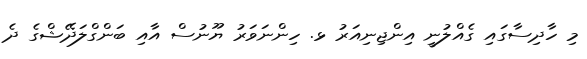
މި ހާދިސާގައި ގެއްލުނީ އިންޖިނިއަރު ޅ. ހިންނަވަރު ޔޫނުސް އާއި ބަންގްލަދޭޝްގެ ދެ